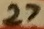
Text: 27